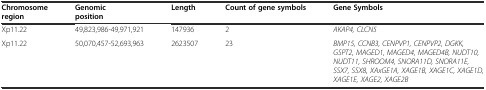
<table><thead><tr><td><b>Chromosome region</b></td><td><b>Genomic position</b></td><td><b>Length</b></td><td><b>Count of gene symbols</b></td><td><b>Gene Symbols</b></td></tr></thead><tbody><tr><td>Xp11.22</td><td>49,823,986-49,971,921</td><td>147936</td><td>2</td><td><i>AKAP4, CLCN5</i></td></tr><tr><td>Xp11.22</td><td>50,070,457-52,693,963</td><td>2623507</td><td>23</td><td><i>BMP15, CCNB3, CENPVP1, CENPVP2, DGKK, GSPT2, MAGED1, MAGED4, MAGED4B, NUDT10, NUDT11, SHROOM4, SNORA11D, SNORA11E, SSX7, SSX8, XAxGE1A, XAGE1B, XAGE1C, XAGE1D, XAGE1E, XAGE2, XAGE2B</i></td></tr></tbody></table>